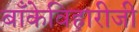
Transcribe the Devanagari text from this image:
बाँकेविहारीजी